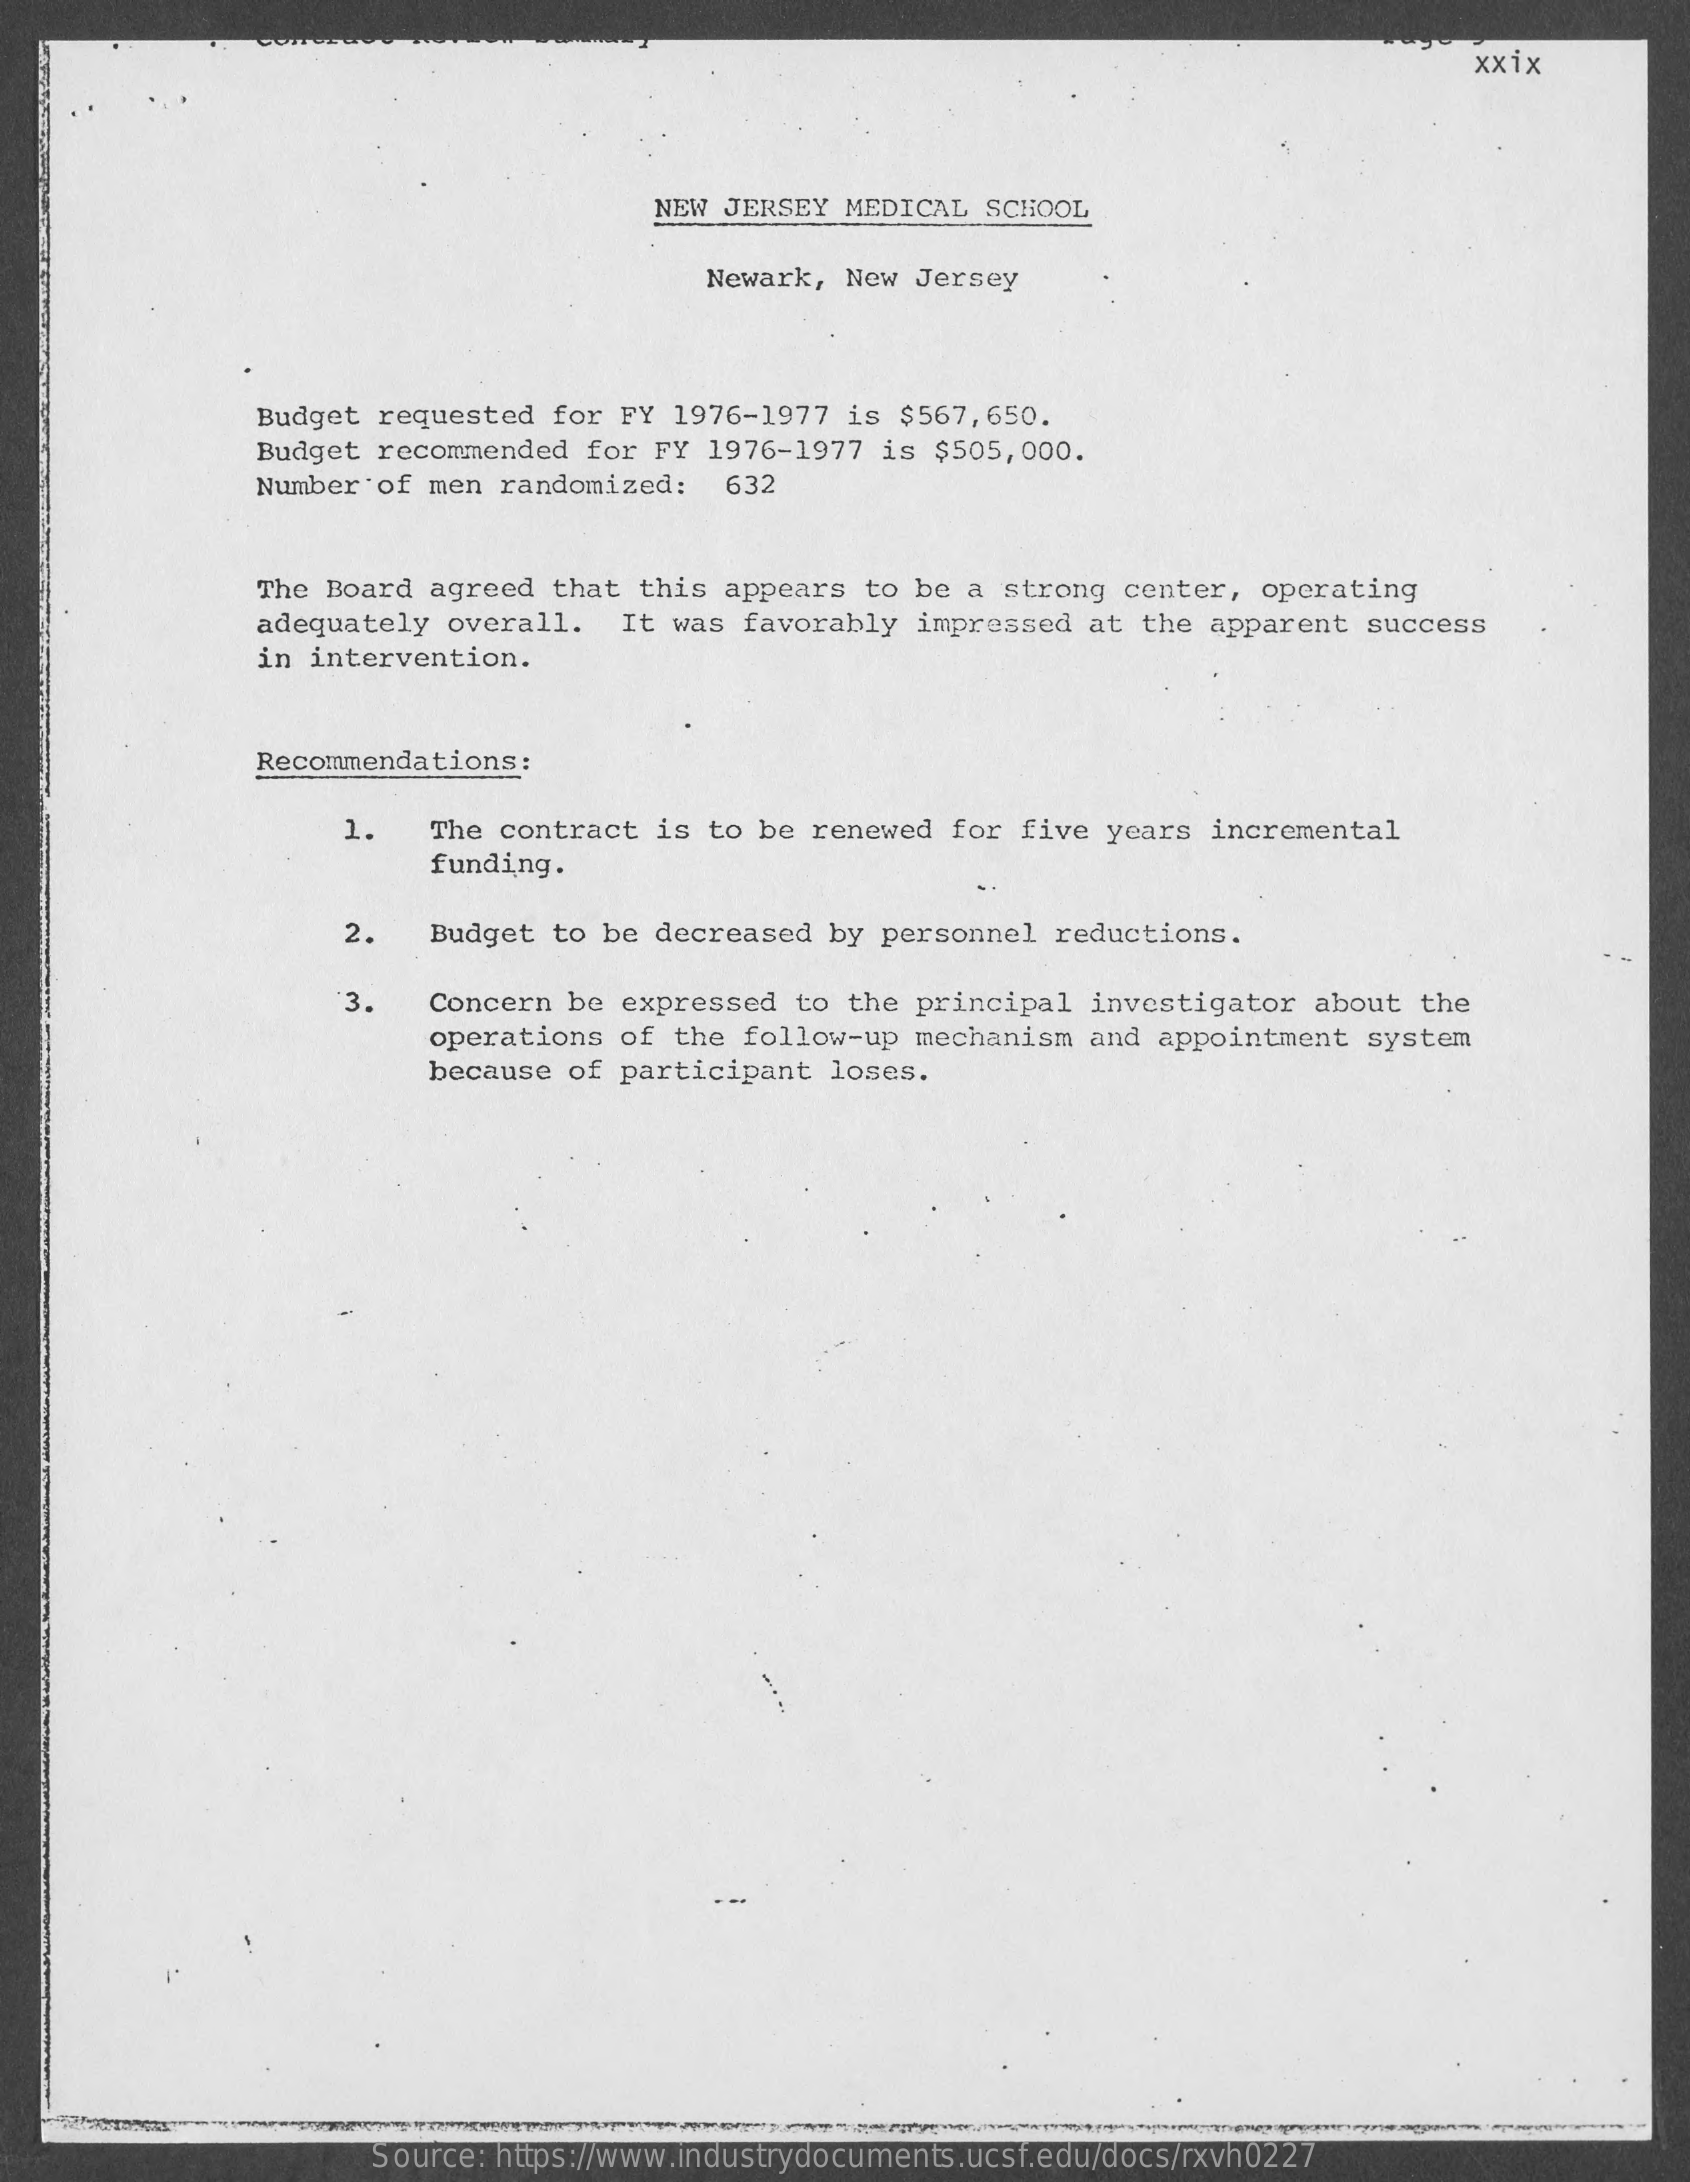
xxix
     NEW JERSEY MEDICAL SCHOOL
     Newark, New Jersey
     Budget requested for FY 1976-1977 is $567,650.
     Budget recommended for FY 1976-1977 is $505,000.
     Number of men randomized: 632
     The Board agreed that this appears to be a strong center, operating
     adequately overall. It was favorably impressed at the apparent success
     in intervention.
     Recommendations:
     1.   The contract is to be renewed for five years incremental
     funding.
     2.   Budget to be decreased by personnel reductions.
     3.   Concern be expressed to the principal investigator about the
     operations of the follow-up mechanism and appointment system
     because of participant loses.
     Source: https://www.industrydocuments.ucsf.edu/docs/rxvh0227